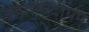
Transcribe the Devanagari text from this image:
ब्रह्मानन्दीयम्